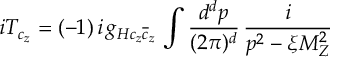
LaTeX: i T _ { c _ { z } } = ( - 1 ) \, i \, g _ { H { c _ { z } } { \overline { { { c } } } _ { z } } } \, \int \frac { d ^ { d } p } { ( 2 \pi ) ^ { d } } \, \frac { i } { p ^ { 2 } - \xi M _ { Z } ^ { 2 } }